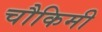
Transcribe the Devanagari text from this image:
चौकिमी